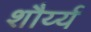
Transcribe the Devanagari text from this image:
शौर्य्य